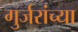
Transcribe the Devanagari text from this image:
गुर्जरांच्या